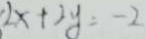
2 x + 2 y = - 2